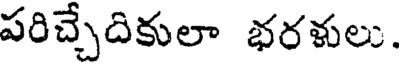
పరిచ్చేదికులా భరళులు.